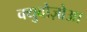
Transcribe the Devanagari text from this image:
क्युबोज़ोआ